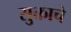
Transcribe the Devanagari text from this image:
सुक्ताचे